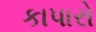
કાપારો